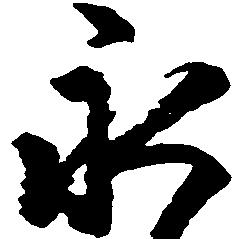
永